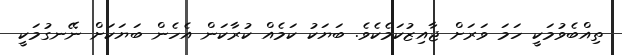
ތިއްބެވުމަކީ ހަމަ ވަރަށް ޖާއިޒުކަމެކެވެ. ބަޔަކު ކަމެއް ކުރާކަން އެހެން ބަޔަކަށް ނޭނގުމަކީ